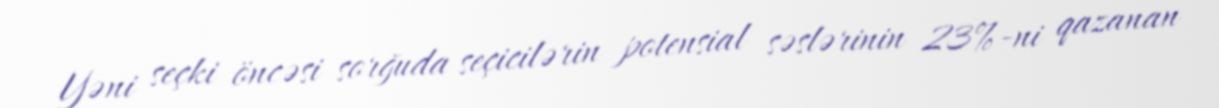
Yəni seçki öncəsi sorğuda seçicilərin potensial səslərinin 23%-ni qazanan